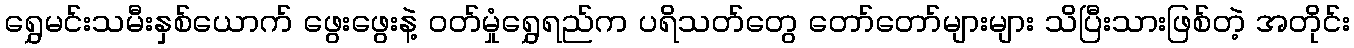
ရွှေမင်းသမီးနှစ်ယောက် ဖွေးဖွေးနဲ့ ဝတ်မှုံရွှေရည်က ပရိသတ်တွေ တော်တော်များများ သိပြီးသားဖြစ်တဲ့ အတိုင်း